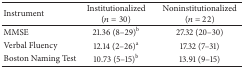
<table><thead><tr><td><b>Instrument</b></td><td><b>Institutionalized (<i>n</i> = 30)</b></td><td><b>Noninstitutionalized (<i>n</i> = 22)</b></td></tr></thead><tbody><tr><td>MMSE</td><td>21.36 (8–29)<sup>b</sup></td><td>27.32 (20–30)</td></tr><tr><td>Verbal Fluency</td><td>12.14 (2–26)<sup>a</sup></td><td>17.32 (7–31)</td></tr><tr><td>Boston Naming Test</td><td>10.73 (5–15)<sup>b</sup></td><td>13.91 (9–15)</td></tr></tbody></table>